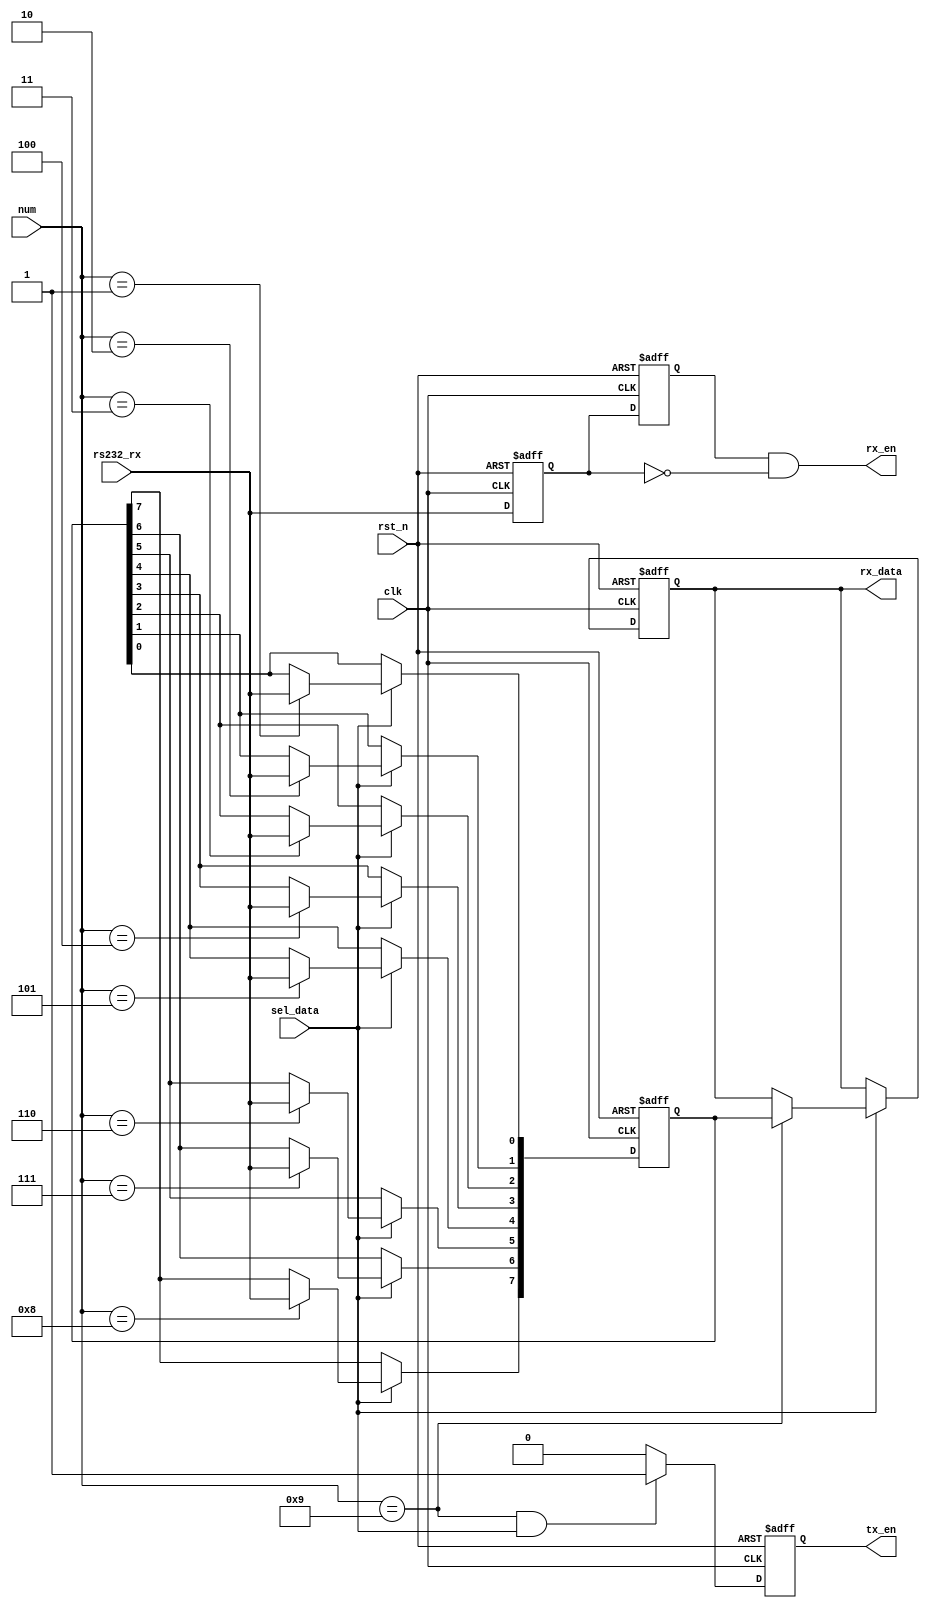
module		Uart_rx(
	input					clk,																	//50MHz
	input					rst_n,																	//
	input					rs232_rx,																//
	input		[3:0]		num,																	//bit
	input					sel_data,																//
	output					rx_en,																	//
	output	reg				tx_en,																	//
	output	reg	[7:0]		rx_data																//8bit
);

//
	reg		in_1,in_2;
always	@(posedge	clk	or	negedge	rst_n)
	if(!rst_n)
		begin
			in_1	<=		1'b1;
			in_2	<=		1'b1;
		end
	else
		begin
			in_1	<=		rs232_rx;
			in_2	<=		in_1;
		end
assign		rx_en	=	in_2	&	(~in_1);														//

//8bittx_en
	reg		[7:0]	rx_data_r;												//
always	@(posedge	clk	or	negedge	rst_n)
	if(!rst_n)
		begin
			rx_data_r	<=		8'd0;
			rx_data	<=		8'd0;
		end
	else
		if(sel_data)
			case(num)
				0:									;						//
				1:	rx_data_r[0]	<=		rs232_rx;						//
				2:	rx_data_r[1]	<=		rs232_rx;
				3:	rx_data_r[2]	<=		rs232_rx;
				4:	rx_data_r[3]	<=		rs232_rx;
				5:	rx_data_r[4]	<=		rs232_rx;
				6:	rx_data_r[5]	<=		rs232_rx;
				7:	rx_data_r[6]	<=		rs232_rx;
				8:	rx_data_r[7]	<=		rs232_rx;
				9:	rx_data		<=		rx_data_r;						//8
				default:							;						//
			endcase

//tx_en
always	@(posedge	clk	or	negedge	rst_n)
	if(!rst_n)
		tx_en	<=		0;
	else
		if(num	==	4'd9	&&	sel_data)									//
			tx_en	<=		1;
		else
			tx_en	<=		0;
		


endmodule